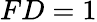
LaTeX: FD=1